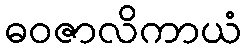
ဓဝဇာလိကာယံ